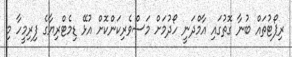
ރިޕޯޓުތައް ބުނާ ގޮތުގައި އާމްދަނީ ހޯދުމަށް މަސްވެރިކަންކޮށް އުޅޭ ޑިމެޓްރިޔާގެ ފިރިމީހާ މި